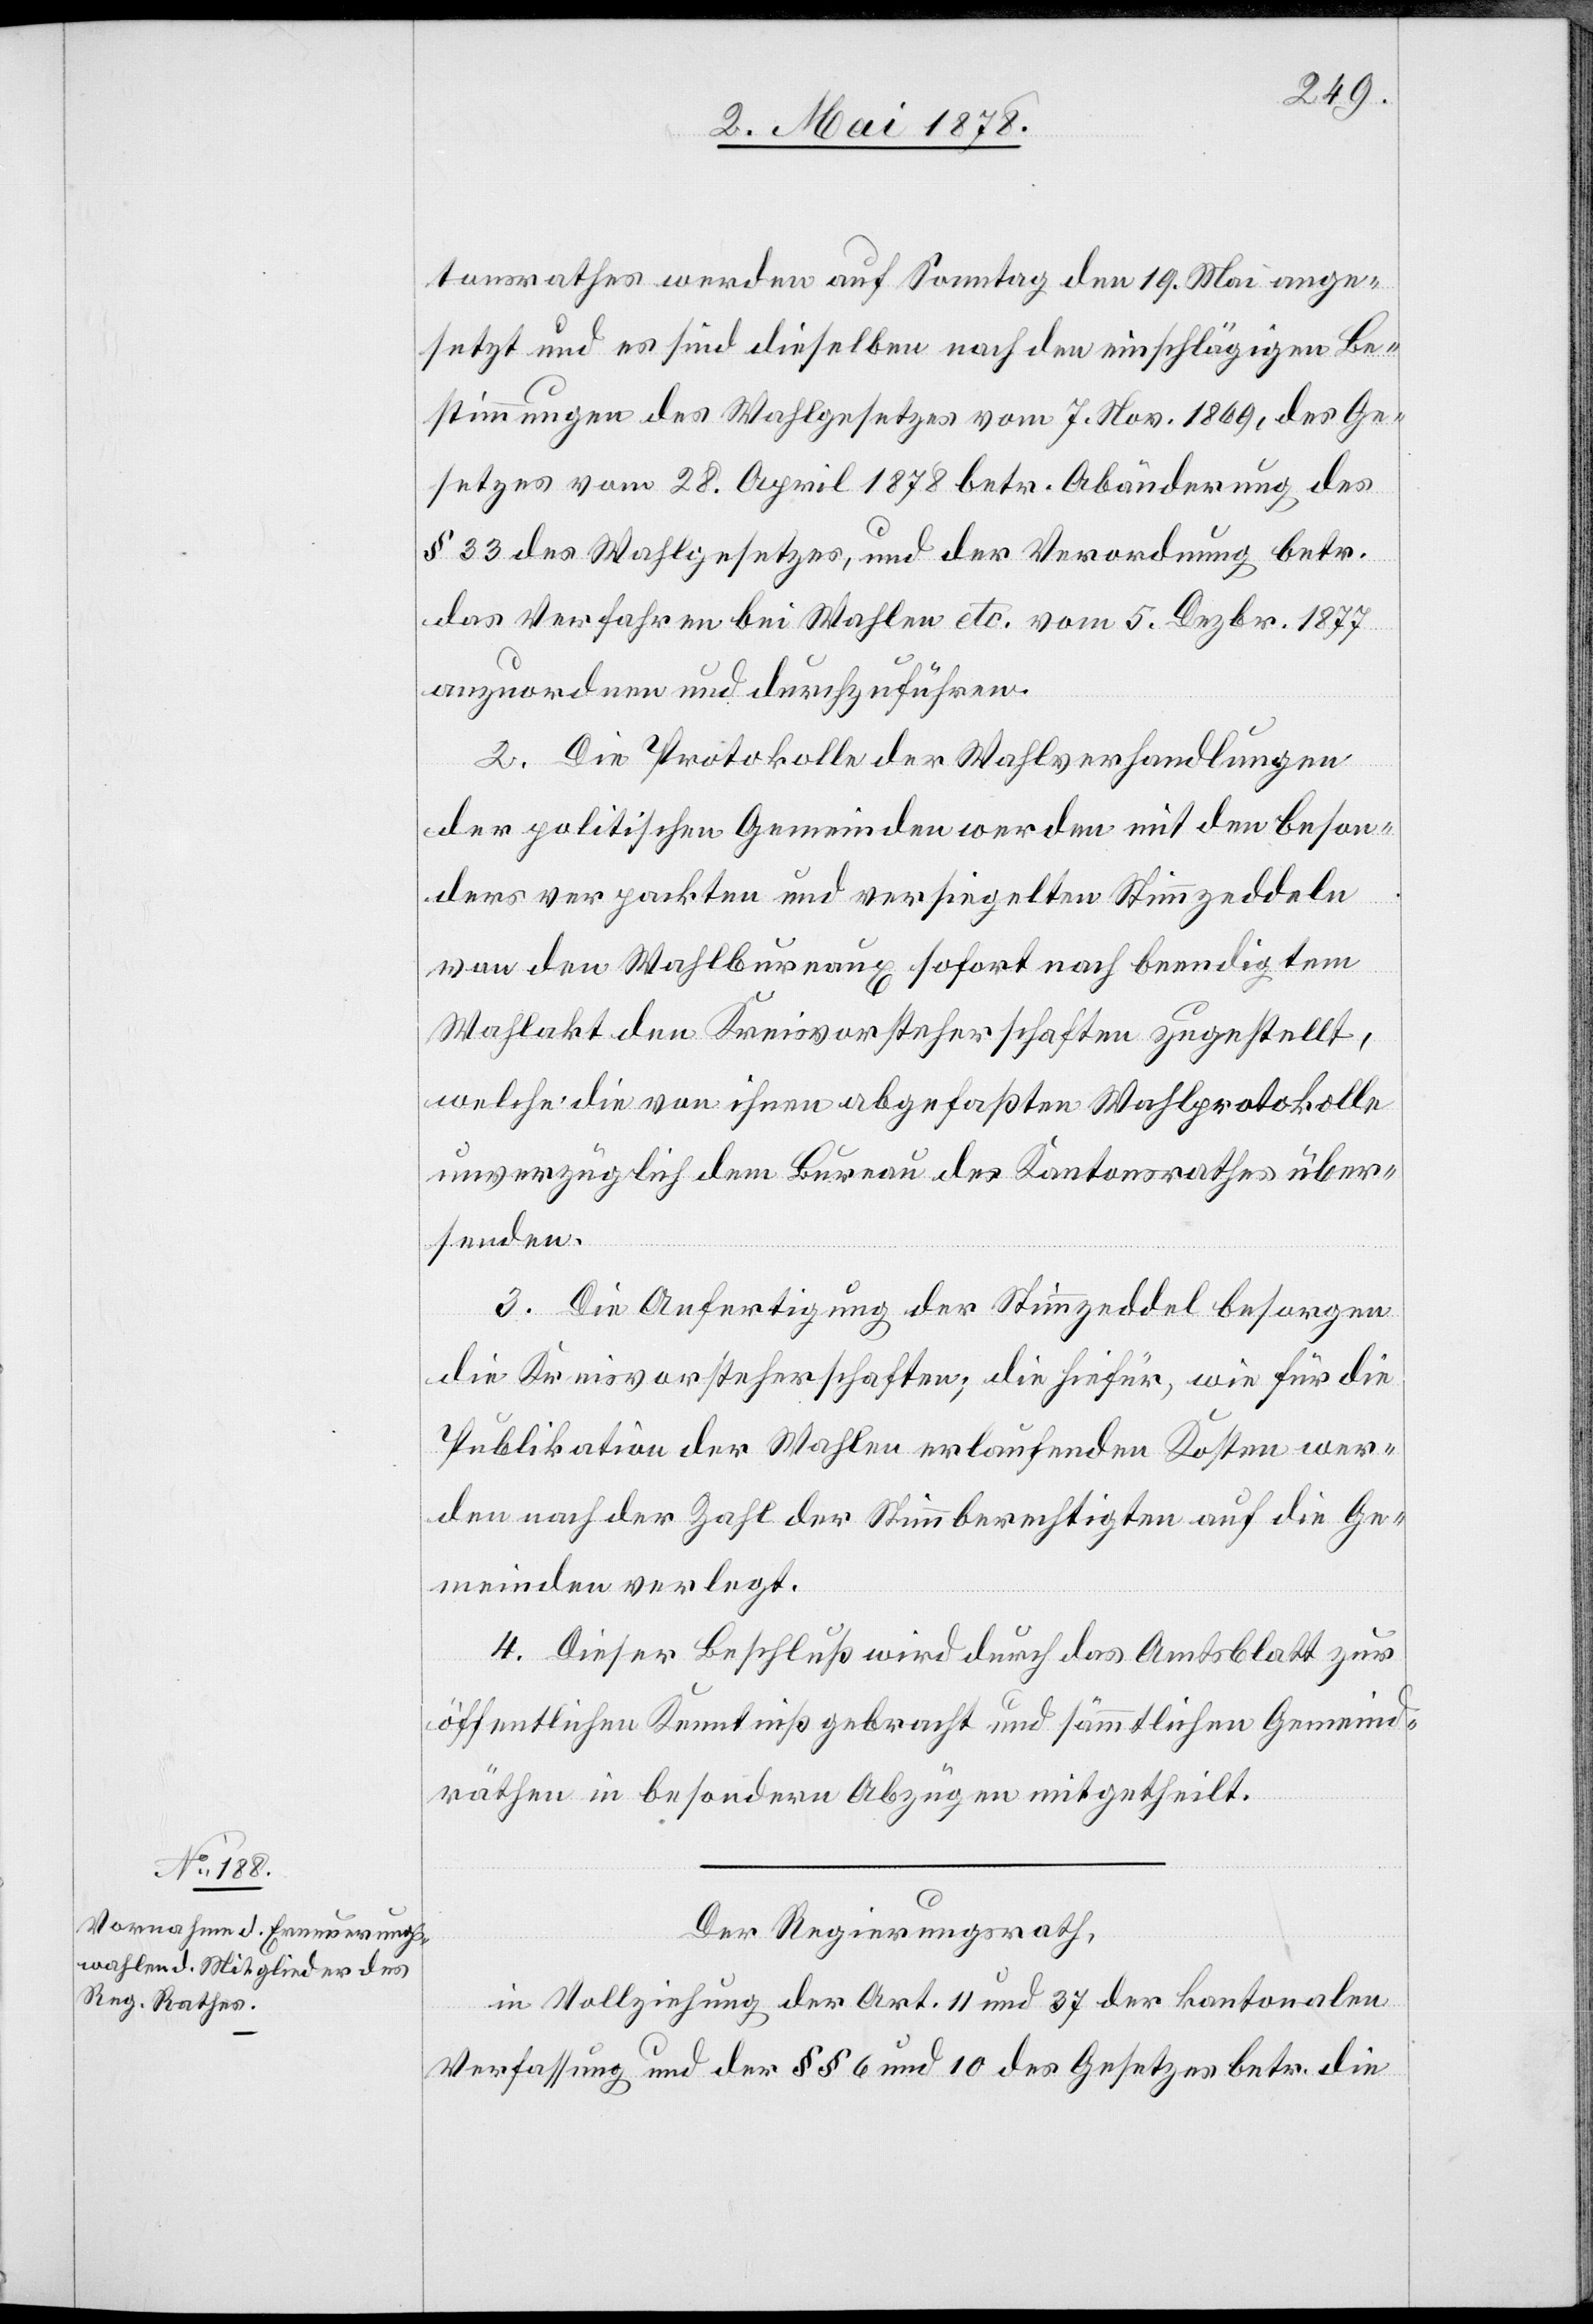
tonsrathes werden auf Sonntag den 19. Mai ange¬
setzt und es sind dieselben nach den einschlägigen Be¬
stimmungen des Wahlgesetzes vom 7. Nov. 1869, des Ge¬
setzes vom 28. April 1878 betr. Abänderung des
§ 23 des Wahlgesetzes, und der Verordnung betr.
das Verfahren bei Wahlen etc. vom 5. Dezbr. 1877
anzuordnen und durchzuführen.
2. Die Protokolle der Wahlverhandlungen
der politischen Gemeinden werden mit den beson¬
ders verpackten und versiegelten Stimmzeddeln
von den Wahlbureaux sofort nach beendigtem
Wahlakt den Kreisvorsteherschaften zugestellt,
welche die von ihnen abgefassten Wahlprotokolle
unverzüglich dem Bureau des Kantonsrathes über¬
senden.
3. Die Anfertigung der Stimmzeddel besorgen
die Kreisvorsteherschaften; die hiefür, wie für die
Publikation der Wahlen erlaufenden Kosten wer¬
den nach der Zahl der Stimmberechtigten auf die Ge¬
meinden verlegt.
4. Dieser Beschluß wird durch das Amtsblatt zur
öffentlichen Kenntniß gebracht und sämmtlichen Gemeind¬
räthen in besondern Abzügen mitgetheilt.
Der Regierungsrath,
in Vollziehung der Art. 11 und 37 der kantonalen
Verfassung und der §§ 6 und 10 des Gesetzes betr. die